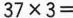
$$3 7 \times 3 =$$